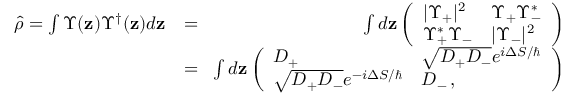
\begin{array} { r l r } { \hat { \rho } = \int \Upsilon ( \mathbf { z } ) \Upsilon ^ { \dag } ( \mathbf { z } ) d \mathbf { z } } & { = } & { \! \int d \mathbf { z } \left( \begin{array} { l l } { | \Upsilon _ { + } | ^ { 2 } } & { \Upsilon _ { + } \Upsilon _ { - } ^ { * } } \\ { \Upsilon _ { + } ^ { * } \Upsilon _ { - } } & { | \Upsilon _ { - } | ^ { 2 } } \end{array} \right) } \\ & { = } & { \! \int d \mathbf { z } \left( \begin{array} { l l } { D _ { + } } & { \sqrt { D _ { + } D _ { - } } e ^ { i \Delta S / \hbar } } \\ { \sqrt { D _ { + } D _ { - } } e ^ { - i \Delta S / \hbar } } & { D _ { - } \, , } \end{array} \right) } \end{array}